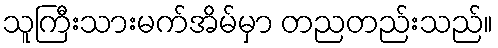
သူကြီးသားမက်အိမ်မှာ တညတည်းသည်။